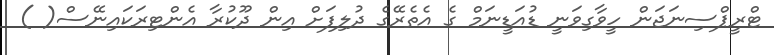
ޓްރީޕްސިނަޖަން ހީވާގިވަނީ ޑުއަޑީނަމް ގެ އެތެރޭގެ ދުލިފަށް އިން ދޫކުރާ އެންޓިރަކައިނޭސް( )